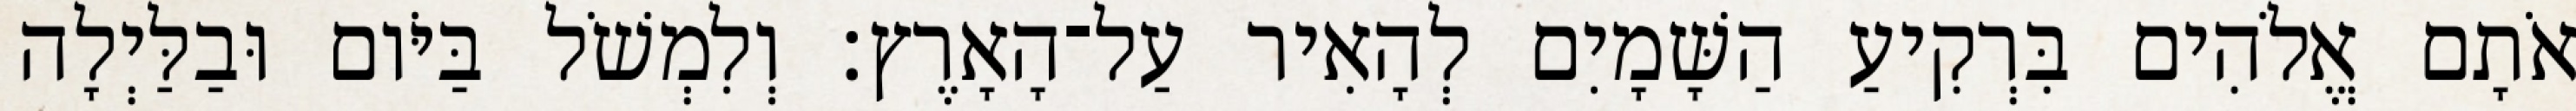
אֹתָם אֱלֹהִים בִּרְקִיעַ הַשָּׁמָיִם לְהָאִיר עַל־הָאָרֶץ׃ וְלִמְשֹׁל בַּיֹּום וּבַלַּיְלָה